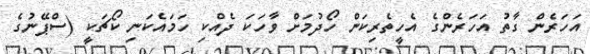
އަހަރެން ގާތު އަހަރެންގެ އެހީތެރިކަން ހޯދުމަށް ވާހަކަ ދެއްކި ހަމައެކަނި ކޯޗަކީ (ސްޕޭނުގެ